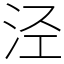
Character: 泾